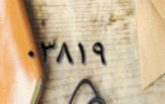
٠٣٨١٩